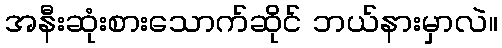
အနီးဆုံးစားသောက်ဆိုင် ဘယ်နားမှာလဲ။